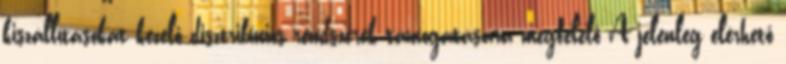
kiszállításokat kezelő disztribúciós rendszerek támogatására megfelelő A jelenleg elérhető